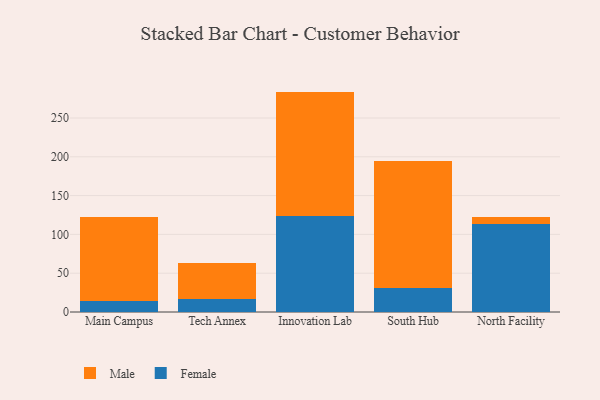
{"axis": {"x": "Campus", "y": "Operating Costs (USD K)"}, "legend": ["Female", "Male"], "data": [{"x": "Main Campus", "y": 14.0, "type": "Female"}, {"x": "Main Campus", "y": 108.6, "type": "Male"}, {"x": "Tech Annex", "y": 16.3, "type": "Female"}, {"x": "Tech Annex", "y": 46.3, "type": "Male"}, {"x": "Innovation Lab", "y": 123.6, "type": "Female"}, {"x": "Innovation Lab", "y": 160.4, "type": "Male"}, {"x": "South Hub", "y": 30.6, "type": "Female"}, {"x": "South Hub", "y": 164.3, "type": "Male"}, {"x": "North Facility", "y": 113.4, "type": "Female"}, {"x": "North Facility", "y": 9.5, "type": "Male"}]}